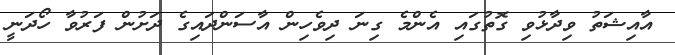
އާއިޝަތު ވިދާޅުވި ގޮތުގައި އެންމެ ގިނަ ދިވެހިން އާސަންދައިގެ ދަށުން ފަރުވާ ހޯދަނީ